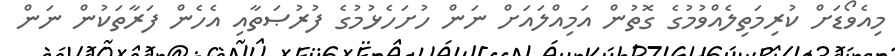
މިއެވޯޑަށް ކުރިމަތިލެއްވުމުގެ ގޮތުން އަމިއްލައަށް ނަން ހުށަހެޅުމުގެ ފުރުޞަތާއި އެހެން ފަރާތަކުން ނަން